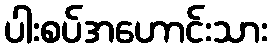
ပါးစပ်အဟောင်းသား